画像に写った文字を読んでください
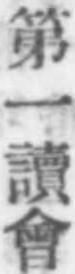
「第一讀會」と書いてあります